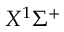
X ^ { 1 } \Sigma ^ { + }